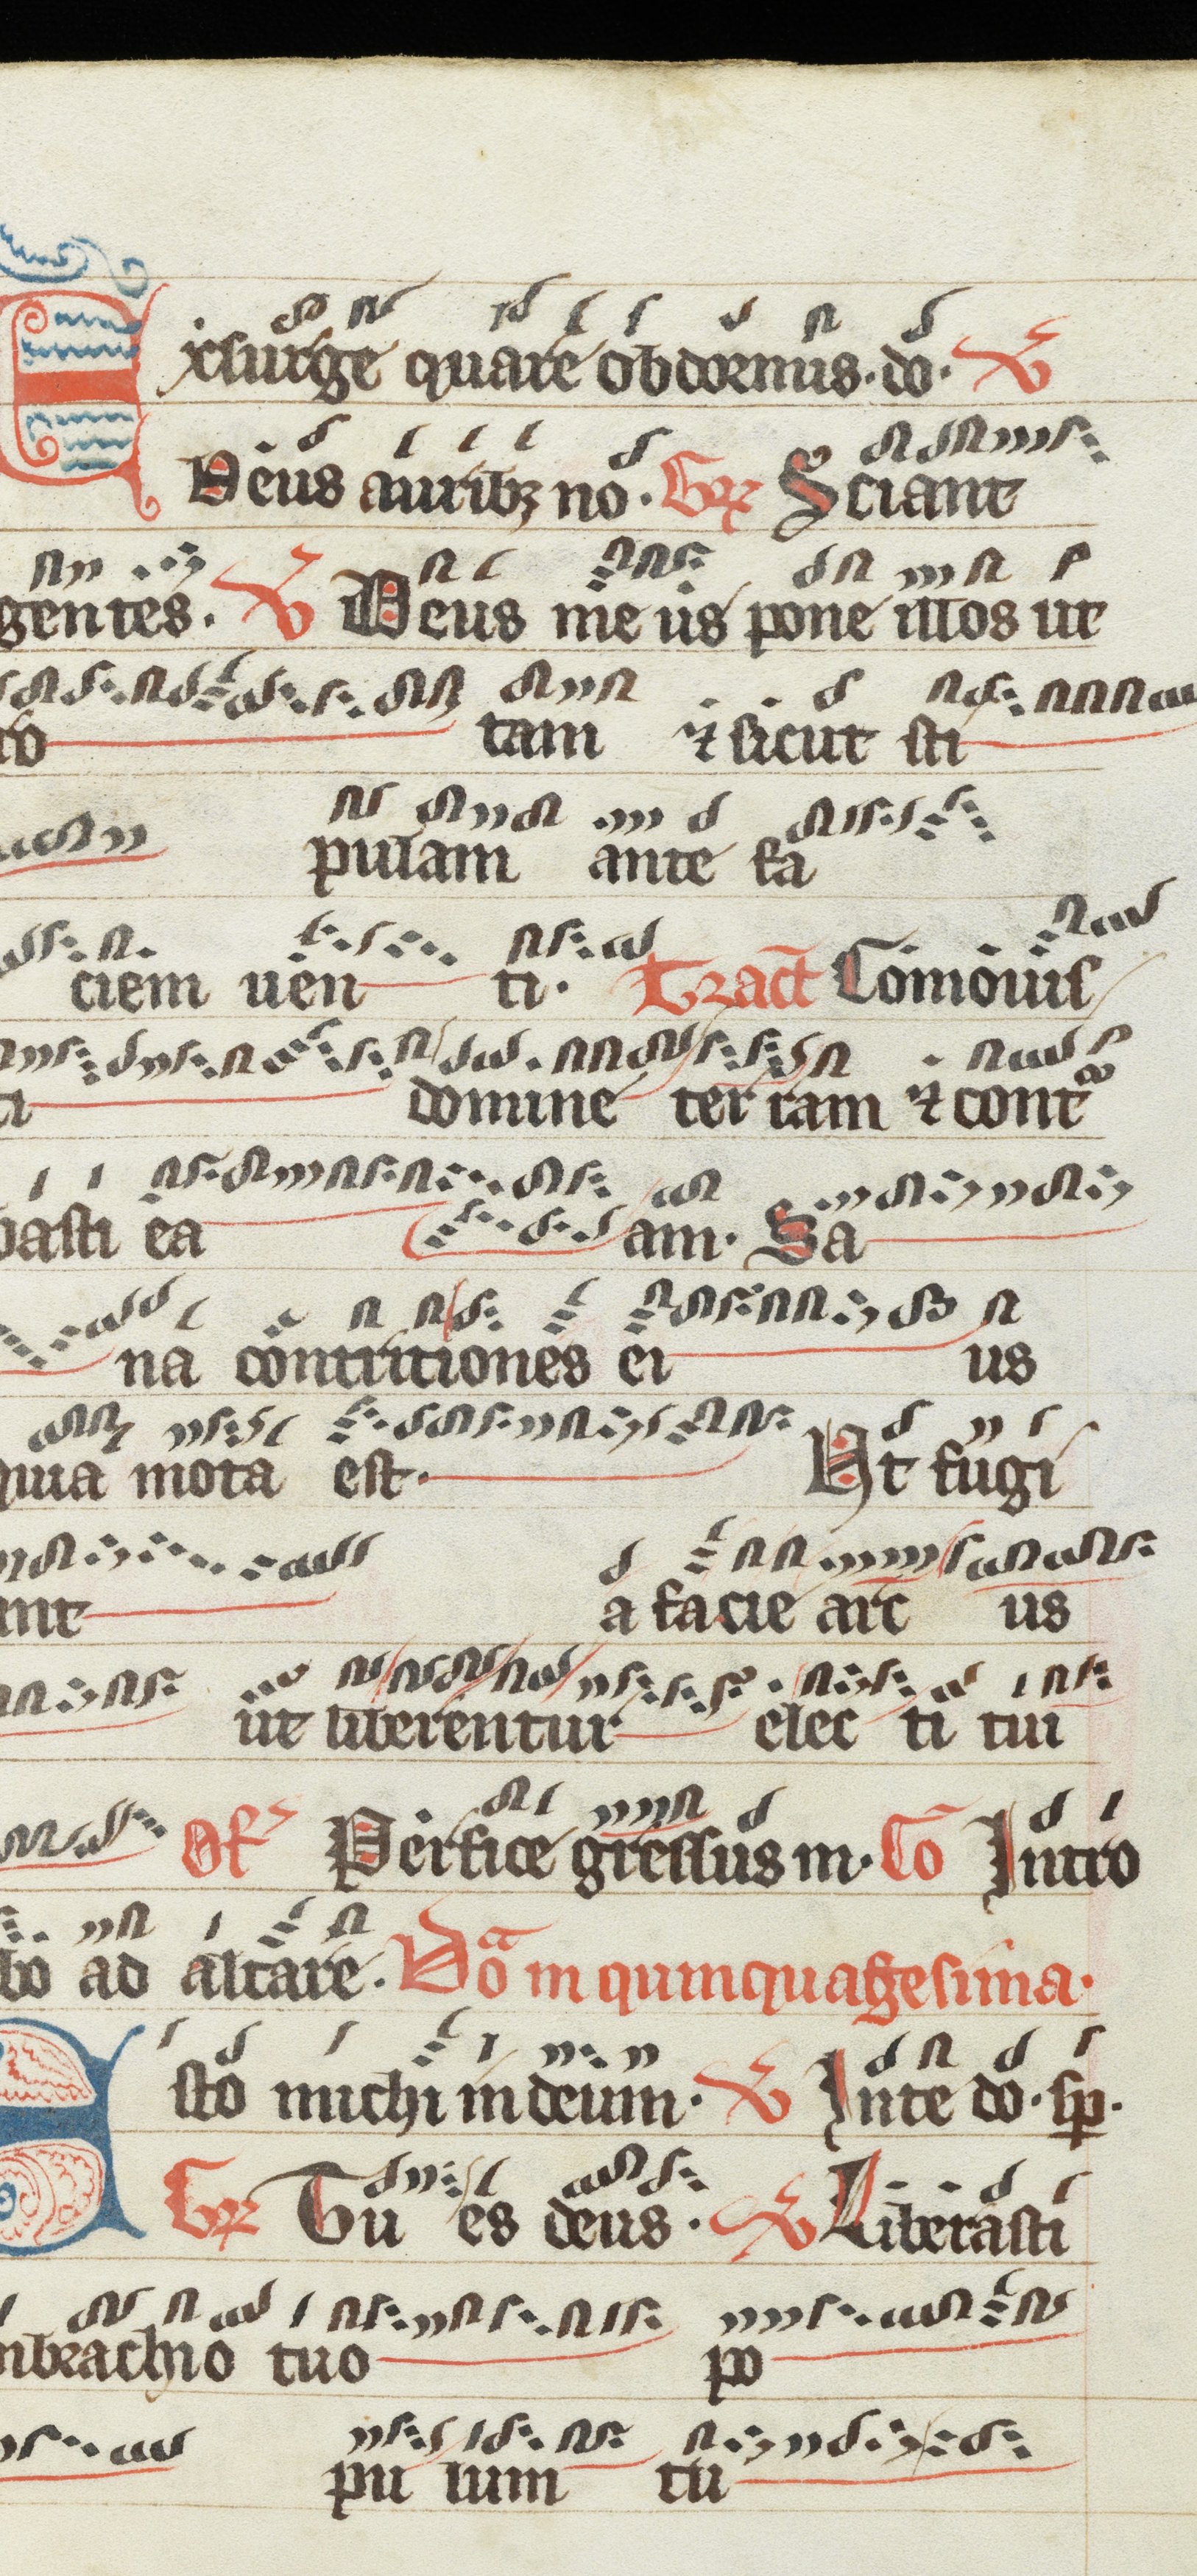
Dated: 1200–1299